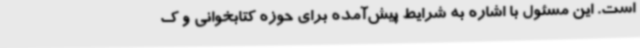
است. این مسئول با اشاره به شرایط پیش‌آمده برای حوزه کتابخوانی و ک